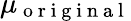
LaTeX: \mu_{\mathrm{~o~r~i~g~i~n~a~l~}}